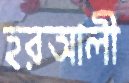
হরআলী